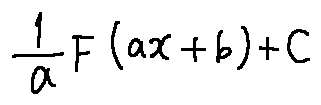
\frac { 1 } { a } F ( a x + b ) + C